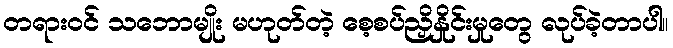
တရားဝင် သဘောမျိုး မဟုတ်တဲ့ စေ့စပ်ညှိနှိုင်းမှုတွေ လုပ်ခဲ့တာပါ။